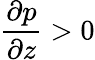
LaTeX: \frac{\partial p}{\partial z}>0